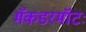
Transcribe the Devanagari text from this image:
मॅकडरमॉटः